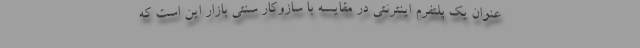
عنوان یک پلتفرم اینترنتی در مقایسه با سازوکار سنتی بازار این است که